Vaccine operations Central Provinces 1868-1885 - 1868-1885
Year: 1868
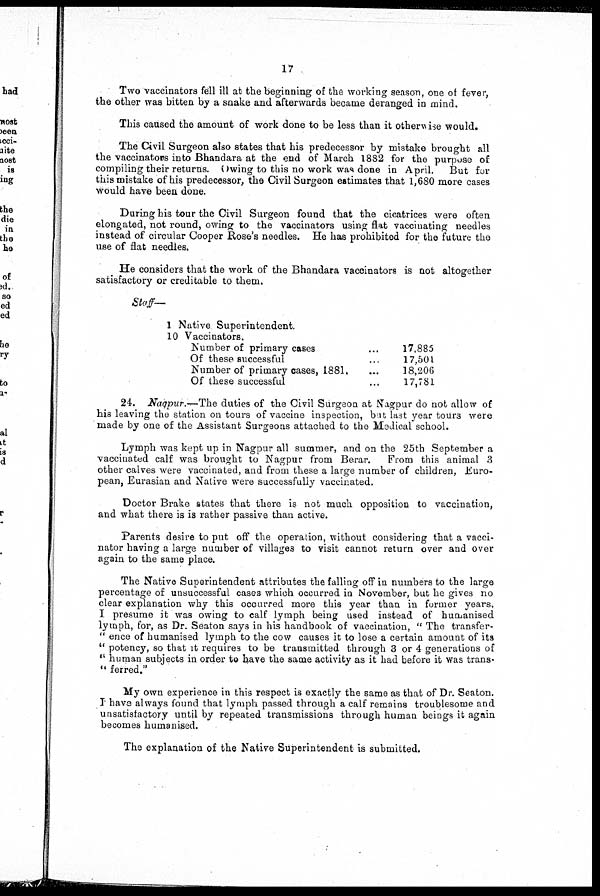
17
Two vaccinators fell ill at the beginning of the working season, one of fever,
the other was bitten by a snake and afterwards became deranged in mind.
This caused the amount of work done to be less than it otherwise would.
The Civil Surgeon also states that his predecessor by mistake brought all
the vaccinators into Bhandara at the end of March 1882 for the purpose of
compiling their returns. Owing to this no work was done in April. But for
this mistake of his predecessor, the Civil Surgeon estimates that 1,680 more cases
would have been done.
During his tour the Civil Surgeon found that the cicatrices were often
elongated, not round, owing to the vaccinators using flat vaccinating needles
instead of circular Cooper Rose's needles. He has prohibited for the future the
use of flat needles.
He considers that the work of the Bhandara vaccinators is not altogether
satisfactory or creditable to them.
Staff—
1 Native Superintendent.
10 Vaccinators.
Number of primary cases
Of these successful
Number of primary cases, 1881,
Of these successful
17,885
17,501
18,206
17,781
24. Nagpur.-—The duties of the Civil Surgeon at Nagpur do not allow of
his leaving the station on tours of vaccine inspection, but last year tours were
made by one of the Assistant Surgeons attached to the Medical school.
Lymph was kept up in Nagpur all summer, and on the 25th September a
vaccinated calf was brought to Nagpur from Berar.
From this animal 3
other calves were vaccinated, and from these a large number of children, Euro-
pean, Eurasian and Native were successfully vaccinated.
Doctor Brake states that there is not much opposition to vaccination,
and what there is is rather passive than active.
Parents desire to put off the operation, without considering that a vacci-
nator having a large number of villages to visit cannot return over and over
again to the same place.
The Native Superintendent attributes the falling off in numbers to the large
percentage of unsuccessful cases which occurred in November, but he gives no
clear explanation why this occurred more this year than in former years.
I presume it was owing to calf lymph being used instead of humanised
lymph, for, as Dr. Seaton says in his handbook of vaccination, " The transfer-
" ence of humanised lymph to the cow causes it to lose a certain amount of its
''potency, so that it requires to be transmitted through 3 or 4 generations of
" human subjects in order to have the same activity as it had before it was trans-
" ferred."
My own experience in this respect is exactly the same as that of Dr. Seaton.
I have always found that lymph passed through a calf remains troublesome and
unsatisfactory until by repeated transmissions through human beings it again
becomes humanised.
The explanation of the Native Superintendent is submitted.